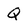
Character: Q